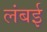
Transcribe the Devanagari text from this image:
लंबई